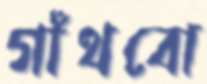
গাঁথবো